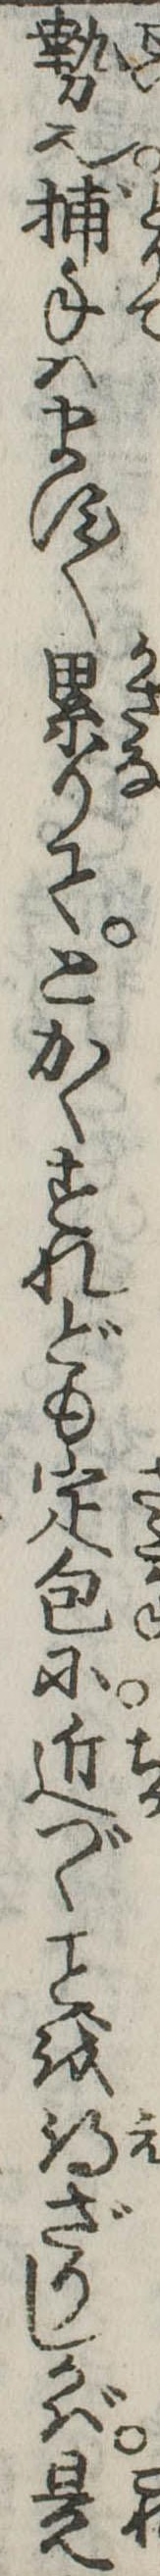
勢也捕手はます〱累りてとかくすれども定包に近づくを得ざりしかば是